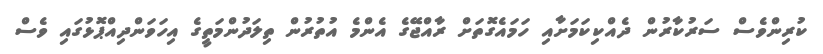
ކުރިންވެސް ސަރުކާރުން ދެއްކިކަމަށާއި ހަމައެގޮތަށް ރާއްޖޭގެ އެންމެ އުތުރުން ތިލަދުންމަތީގެ އިހަވަންދިއްޕޮޅުގައި ވެސް